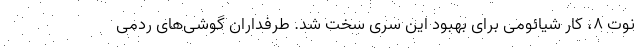
نوت ۸، کار شیائومی برای بهبود این سری سخت شد. طرفداران گوشی‌های ردمی